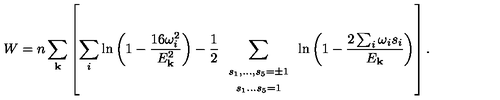
W = n \sum _ { \bf k } \left[ \sum _ { i } \ln \left( 1 - \frac { 1 6 \omega _ { i } ^ { 2 } } { E _ { \bf k } ^ { 2 } } \right) - \frac { 1 } { 2 } \sum _ { \begin{array} { c } { \scriptstyle s _ { 1 } , \ldots , s _ { 5 } = \pm 1 } \\ { \scriptstyle s _ { 1 } \ldots s _ { 5 } = 1 } \\ \end{array} } \ln \left( 1 - \frac { 2 \sum _ { i } \omega _ { i } s _ { i } } { E _ { \bf k } } \right) \right] .